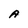
Character: A